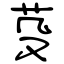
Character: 芟